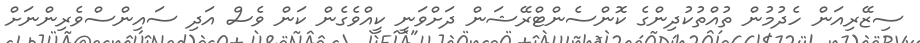
ސިޒޭރިއަން ހެދުމުން ތުއްތުކުދިންގެ ކޮންސެންޓްރޭޝަން ދަށްވަނީ ކީއްވެގެން ކަން ވެސް އަދި ސައިންސްވެރިންނަށް